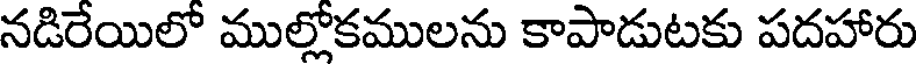
నడిరేయిలో ముల్లోకములను కాపాడుటకు పదహారు